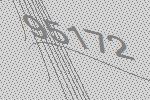
95172